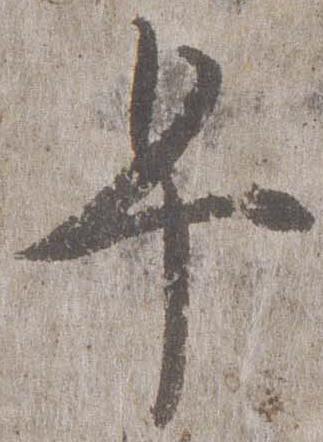
早